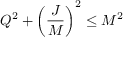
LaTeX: Q ^ { 2 } + \left( { \frac { J } { M } } \right) ^ { 2 } \leq M ^ { 2 }